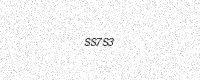
Text: SS7S3